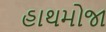
હાથમોજા